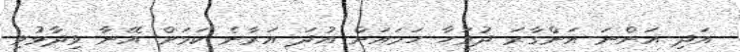
އަދި އަންނަ އަންގާރަ ދުވަހާ ހަމައަށް އުދަ އަރާނެ ކަމަށް އޭނާ ވިދާޅުވި